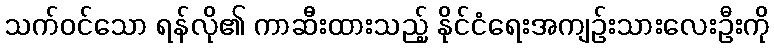
သက်ဝင်သော ရန်လို၏ ကာဆီးထားသည့် နိုင်ငံရေးအကျဉ်းသားလေးဦးကို